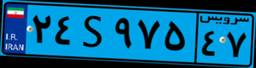
۲۴S۹۷۵۴۷